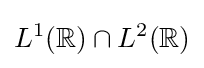
L^{1}(\mathbb {R} )\cap L^{2}(\mathbb {R} )